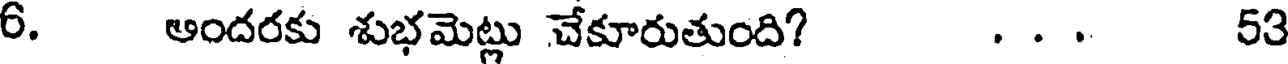
6. ఆందరకు శుభమెట్లు చేకూరుతుంది? . . . 53